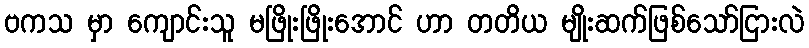
ဗကသ မှာ ကျောင်းသူ မဖြိုးဖြိုးအောင် ဟာ တတိယ မျိုးဆက်ဖြစ်သော်ငြားလဲ